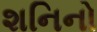
શનિનો